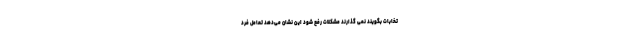
تخابات بگویند نمی گذارند مشکلات رفع شود این نشان می‌دهد تعامل فرد